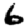
Digit: 6